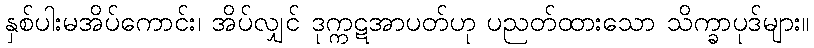
နှစ်ပါးမအိပ်ကောင်း၊ အိပ်လျှင် ဒုက္ကဋအာပတ်ဟု ပညတ်ထားသော သိက္ခာပုဒ်များ။